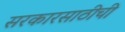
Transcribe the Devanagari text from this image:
सरकारसाठीची